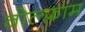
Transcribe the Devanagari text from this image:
वोल्फ्राम